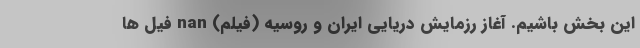
این بخش باشیم. آغاز رزمایش دریایی ایران و روسیه (فیلم) nan فیل ها